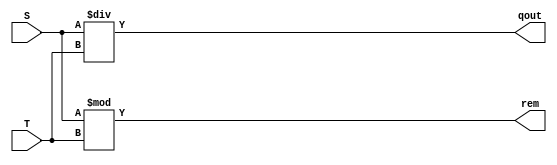
`timescale 1ns / 1ps
/****************************** C E C S  4 4 0 ******************************
 * 
 * Project:    Lab_Assignment_1
 * Designer:   Chanartip Soonthornwan
 * Rev. No.:   Version 1.0
 * Rev. Date:  Current Rev. Date 9/3/2017
 *
 * Purpose:    Divide two 32-bit inputs and return remainder and qoutian
 *         
 * Notes:      Two inputs are needed to be casted as integers.
 *             division is qoutationg, or p reslt.
 *             modulus has
 *
 ****************************************************************************/
module DIV_32(S, T, rem, qout);
 
   input      [31:0]      S, T;     // 32-bit inputs
   output reg [31:0] rem, qout;     // Remainder and Qoutian outputs
   
   integer int_s, int_t;            // Integer of each inputs
   
   // Parse S and T into integers
   always@(*) begin
      int_s <= S;
      int_t <= T;
   end
   
   // Divide the two integers
   always@(*) begin
         qout = int_s / int_t;      // Quotient
         rem  = int_s % int_t;      // Remainder      
   end                           

endmodule